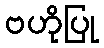
ဗဟိုပြု